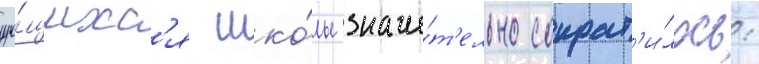
уча́щихс'я шко́лы значи́т'ельно сократ'и́лось: